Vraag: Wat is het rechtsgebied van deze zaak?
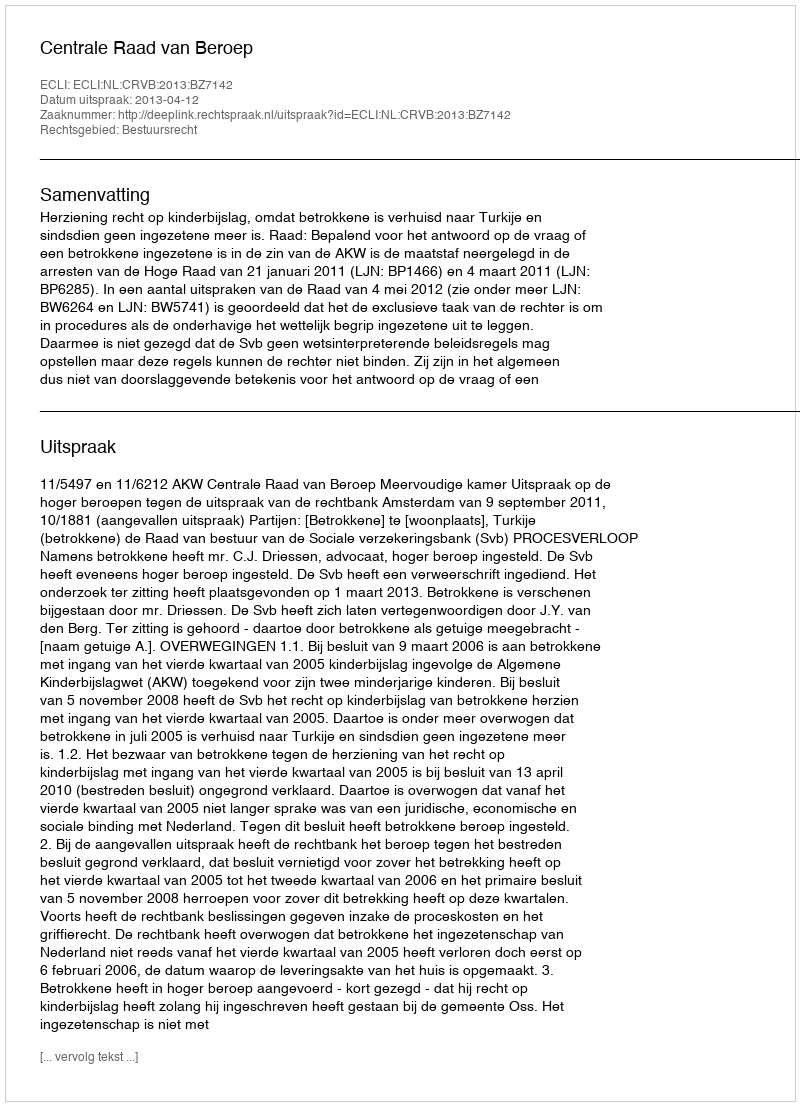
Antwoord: Bestuursrecht